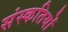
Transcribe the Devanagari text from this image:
संस्कतियों